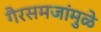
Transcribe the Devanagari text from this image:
गैरसमजांमुळे